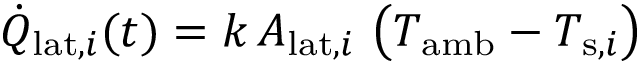
\dot { Q } _ { \mathrm { l a t } , i } ( t ) = k \, A _ { \mathrm { l a t } , i } \, \left( T _ { \mathrm { a m b } } - T _ { \mathrm { s } , i } \right)